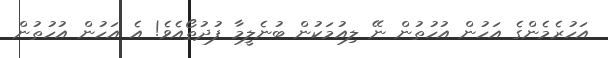
އަހުރެމެންގެ އަހުން އުހުތުން ނޭ ލިއުމަކުން ބުނެލީމާ ފުދުތޯއެވެ! އެ އަހުން އުހުތުން